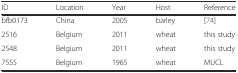
<table><thead><tr><td><b>ID</b></td><td><b>Location</b></td><td><b>Year</b></td><td><b>Host</b></td><td><b>Reference</b></td></tr></thead><tbody><tr><td>bfb0173</td><td>China</td><td>2005</td><td>barley</td><td>[74]</td></tr><tr><td>2516</td><td>Belgium</td><td>2011</td><td>wheat</td><td>this study</td></tr><tr><td>2548</td><td>Belgium</td><td>2011</td><td>wheat</td><td>this study</td></tr><tr><td>7555</td><td>Belgium</td><td>1965</td><td>wheat</td><td>MUCL</td></tr></tbody></table>